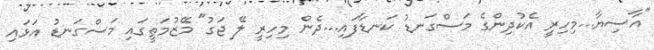
"އާސިޔާ...މިހިރީ އެކުދިންގެ މަސްގަނޑު ކަނޑާފައި...ދެން މިހިރީ ލޭ ޖަގު" މޭޒުމަތީގައި މަސްގަނޑު އަޅައި